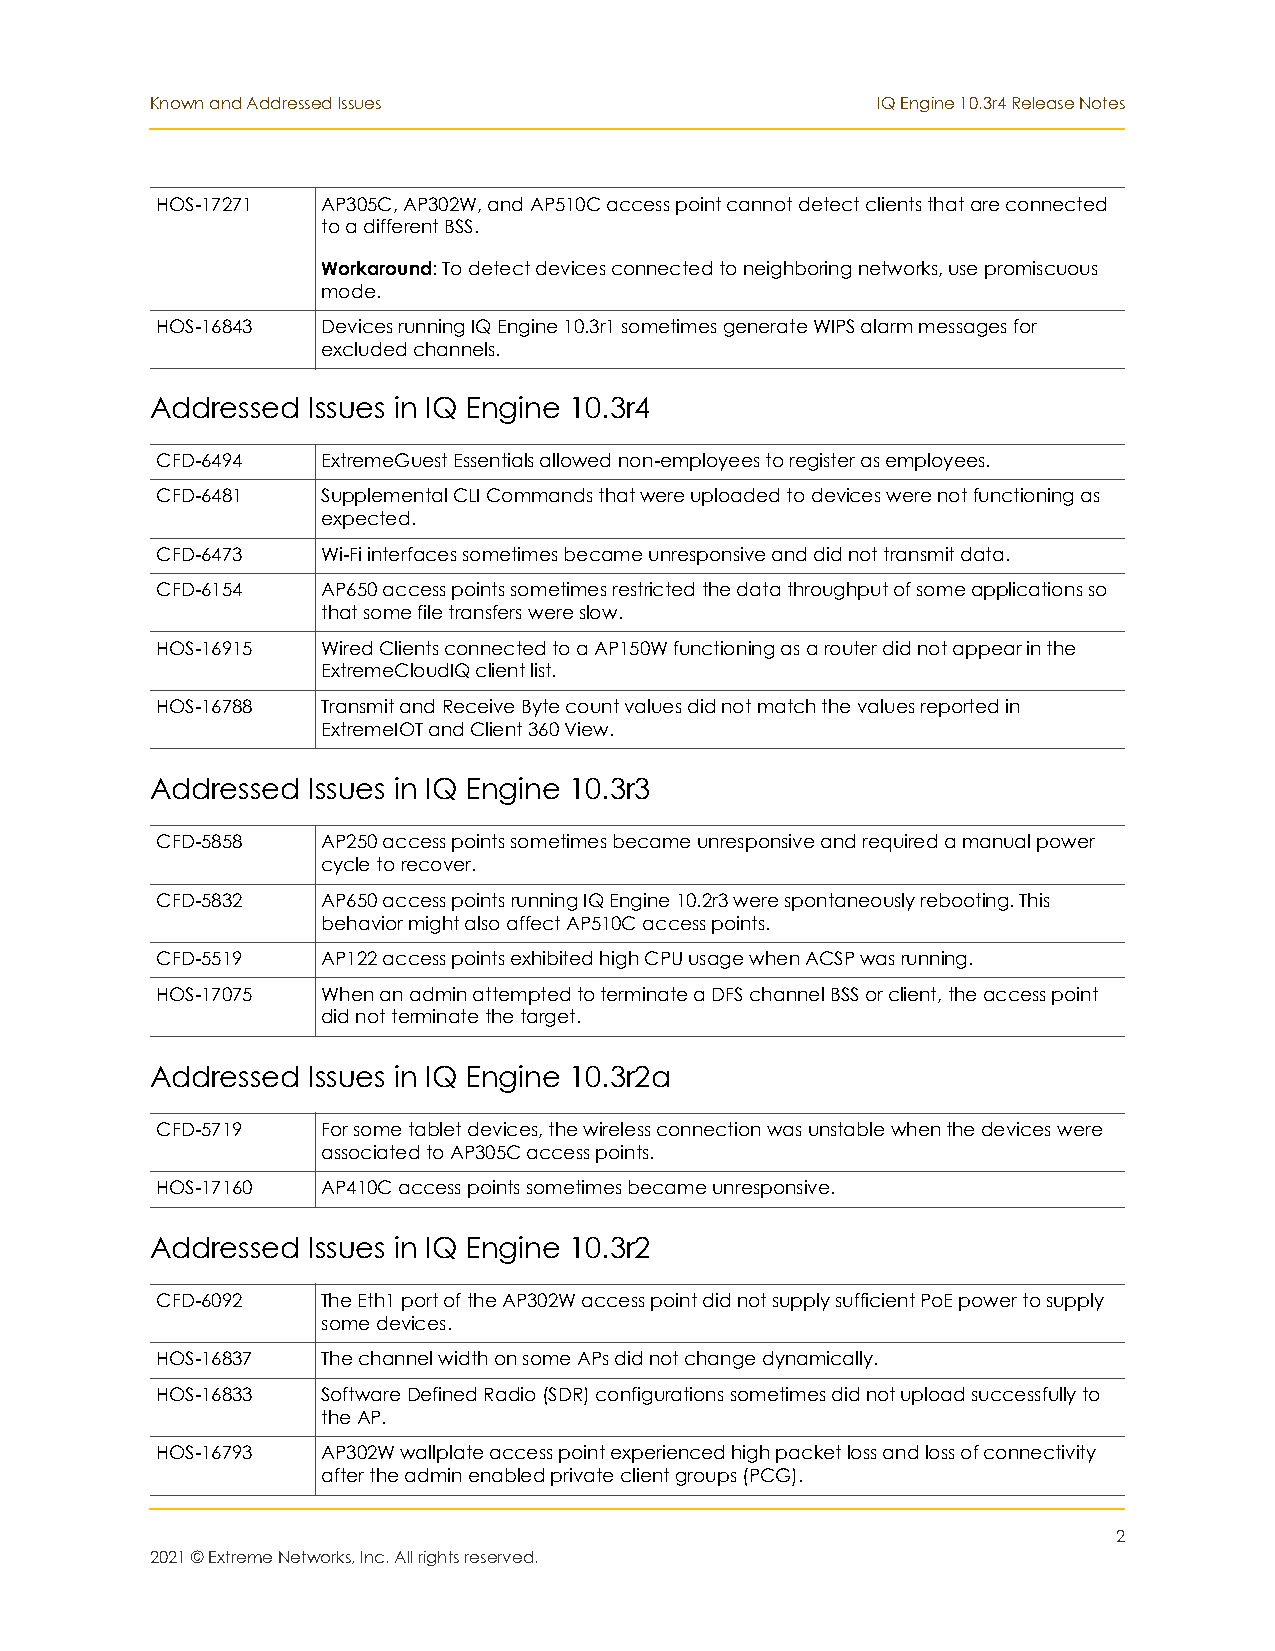
Known and Addressed Issues                      IQ Engine 10.3r4 Release Notes
 HOS-17271  AP305C, AP302W, and AP510C access point cannot detect clients that are connected
 to a different BSS.
 Workaround: To detect devices connected to neighboring networks, use promiscuous
 mode.
 HOS-16843  Devices running IQ Engine 10.3r1 sometimes generate WIPS alarm messages for
 excluded channels.
 Addressed Issues in IQ Engine 10.3r4
 CFD-6494   ExtremeGuest Essentials allowed non-employees to register as employees.
 CFD-6481   Supplemental CLI Commands that were uploaded to devices were not functioning as
 expected.
 CFD-6473   Wi-Fi interfaces sometimes became unresponsive and did not transmit data.
 CFD-6154   AP650 access points sometimes restricted the data throughput of some applications so
 that some file transfers were slow.
 HOS-16915  Wired Clients connected to a AP150W functioning as a router did not appear in the
 ExtremeCloudIQ client list.
 HOS-16788  Transmit and Receive Byte count values did not match the values reported in
 ExtremeIOT and Client 360 View.
 Addressed Issues in IQ Engine 10.3r3
 CFD-5858   AP250 access points sometimes became unresponsive and required a manual power
 cycle to recover.
 CFD-5832   AP650 access points running IQ Engine 10.2r3 were spontaneously rebooting. This
 behavior might also affect AP510C access points.
 CFD-5519   AP122 access points exhibited high CPU usage when ACSP was running.
 HOS-17075  When an admin attempted to terminate a DFS channel BSS or client, the access point
 did not terminate the target.
 Addressed Issues in IQ Engine 10.3r2a
 CFD-5719   For some tablet devices, the wireless connection was unstable when the devices were
 associated to AP305C access points.
 HOS-17160  AP410C access points sometimes became unresponsive.
 Addressed Issues in IQ Engine 10.3r2
 CFD-6092   The Eth1 port of the AP302W access point did not supply sufficient PoE power to supply
 some devices.
 HOS-16837  The channel width on some APs did not change dynamically.
 HOS-16833  Software Defined Radio (SDR) configurations sometimes did not upload successfully to
 the AP.
 HOS-16793  AP302W wallplate access point experienced high packet loss and loss of connectivity
 after the admin enabled private client groups (PCG).
 2
 2021 © Extreme Networks, Inc. All rights reserved.